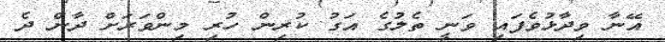
އޭނާ ވިދާޅުވެފައި ވަނީ ތެލުގެ އަގު ކުރިން ހުރި މިންވަރަށް ދާން ދެ